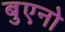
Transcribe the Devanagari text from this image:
बुएनो